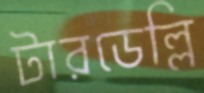
টারডেল্লি